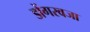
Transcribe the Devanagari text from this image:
डोंगरवजा